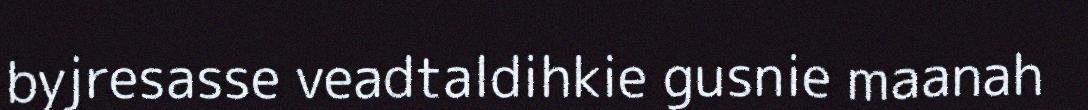
byjresasse veadtaldihkie gusnie maanah